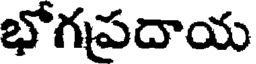
భోగపదాయ